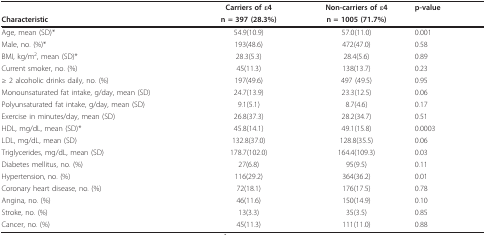
<table><thead><tr><td></td><td><b>Carriers of ε4</b></td><td><b>Non-carriers of ε4</b></td><td><b>p-value</b></td></tr><tr><td><b>Characteristic</b></td><td><b>n = 397 (28.3%)</b></td><td><b>n = 1005 (71.7%)</b></td><td></td></tr></thead><tbody><tr><td>Age, mean (SD)*</td><td>54.9(10.9)</td><td>57.0(11.0)</td><td>0.001</td></tr><tr><td>Male, no. (%)*</td><td>193(48.6)</td><td>472(47.0)</td><td>0.58</td></tr><tr><td>BMI, kg/m<sup>2</sup>, mean (SD)*</td><td>28.3(5.3)</td><td>28.4(5.6)</td><td>0.89</td></tr><tr><td>Current smoker, no. (%)</td><td>45(11.3)</td><td>138(13.7)</td><td>0.23</td></tr><tr><td>≥ 2 alcoholic drinks daily, no. (%)</td><td>197(49.6)</td><td>497 (49.5)</td><td>0.95</td></tr><tr><td>Monounsaturated fat intake, g/day, mean (SD)</td><td>24.7(13.9)</td><td>23.3(12.5)</td><td>0.06</td></tr><tr><td>Polyunsaturated fat intake, g/day, mean (SD)</td><td>9.1(5.1)</td><td>8.7(4.6)</td><td>0.17</td></tr><tr><td>Exercise in minutes/day, mean (SD)</td><td>26.8(37.3)</td><td>28.2(34.7)</td><td>0.51</td></tr><tr><td>HDL, mg/dL, mean (SD)*</td><td>45.8(14.1)</td><td>49.1(15.8)</td><td>0.0003</td></tr><tr><td>LDL, mg/dL, mean (SD)</td><td>132.8(37.0)</td><td>128.8(35.5)</td><td>0.06</td></tr><tr><td>Triglycerides, mg/dL, mean (SD)</td><td>178.7(102.0)</td><td>164.4(109.3)</td><td>0.03</td></tr><tr><td>Diabetes mellitus, no. (%)</td><td>27(6.8)</td><td>95(9.5)</td><td>0.11</td></tr><tr><td>Hypertension, no. (%)</td><td>116(29.2)</td><td>364(36.2)</td><td>0.01</td></tr><tr><td>Coronary heart disease, no. (%)</td><td>72(18.1)</td><td>176(17.5)</td><td>0.78</td></tr><tr><td>Angina, no. (%)</td><td>46(11.6)</td><td>150(14.9)</td><td>0.10</td></tr><tr><td>Stroke, no. (%)</td><td>13(3.3)</td><td>35(3.5)</td><td>0.85</td></tr><tr><td>Cancer, no. (%)</td><td>45(11.3)</td><td>111(11.0)</td><td>0.88</td></tr></tbody></table>